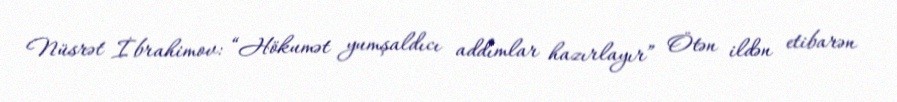
Nüsrət İbrahimov: “Hökumət yumşaldıcı addımlar hazırlayır” Ötən ildən etibarən